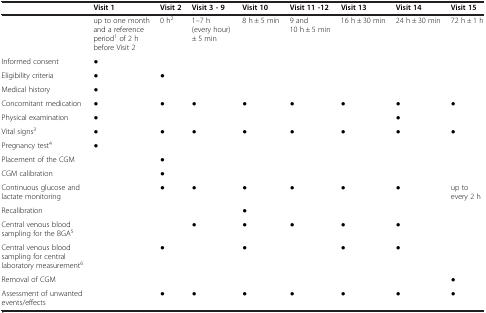
<table><thead><tr><td><b> </b></td><td><b>Visit 1</b></td><td><b>Visit 2</b></td><td><b>Visit 3 - 9</b></td><td><b>Visit 10</b></td><td><b>Visit 11 -12</b></td><td><b>Visit 13</b></td><td><b>Visit 14</b></td><td><b>Visit 15</b></td></tr></thead><tbody><tr><td> </td><td>up to one month and a reference period<sup>1</sup> of 2 h before Visit 2</td><td>0 h<sup>2</sup></td><td>1–7 h (every hour) ± 5 min</td><td>8 h ± 5 min</td><td>9 and 10 h ± 5 min</td><td>16 h ± 30 min</td><td>24 h ± 30 min</td><td>72 h ± 1 h</td></tr><tr><td>Informed consent</td><td>●</td><td> </td><td> </td><td> </td><td> </td><td> </td><td> </td><td> </td></tr><tr><td>Eligibility criteria</td><td>●</td><td>●</td><td> </td><td> </td><td> </td><td> </td><td> </td><td> </td></tr><tr><td>Medical history</td><td>●</td><td> </td><td> </td><td> </td><td> </td><td> </td><td> </td><td> </td></tr><tr><td>Concomitant medication</td><td>●</td><td>●</td><td>●</td><td>●</td><td>●</td><td>●</td><td>●</td><td>●</td></tr><tr><td>Physical examination</td><td>●</td><td> </td><td> </td><td> </td><td> </td><td> </td><td>●</td><td> </td></tr><tr><td>Vital signs<sup>3</sup></td><td>●</td><td>●</td><td>●</td><td>●</td><td>●</td><td>●</td><td>●</td><td>●</td></tr><tr><td>Pregnancy test<sup>4</sup></td><td>●</td><td> </td><td> </td><td> </td><td> </td><td> </td><td> </td><td> </td></tr><tr><td>Placement of the CGM</td><td> </td><td>●</td><td> </td><td> </td><td> </td><td> </td><td> </td><td> </td></tr><tr><td>CGM calibration</td><td> </td><td>●</td><td> </td><td> </td><td> </td><td> </td><td> </td><td> </td></tr><tr><td>Continuous glucose and lactate monitoring</td><td> </td><td>●</td><td>●</td><td>●</td><td>●</td><td>●</td><td>●</td><td>up to every 2 h</td></tr><tr><td>Recalibration</td><td> </td><td> </td><td> </td><td>●</td><td> </td><td> </td><td> </td><td> </td></tr><tr><td>Central venous blood sampling for the BGA<sup>5</sup></td><td> </td><td> </td><td>●</td><td>●</td><td>●</td><td>●</td><td>●</td><td> </td></tr><tr><td>Central venous blood sampling for central laboratory measurement<sup>6</sup></td><td> </td><td>●</td><td> </td><td>●</td><td> </td><td>●</td><td>●</td><td> </td></tr><tr><td>Removal of CGM</td><td> </td><td> </td><td> </td><td> </td><td> </td><td> </td><td> </td><td>●</td></tr><tr><td>Assessment of unwanted events/effects</td><td> </td><td>●</td><td>●</td><td>●</td><td>●</td><td>●</td><td>●</td><td>●</td></tr></tbody></table>